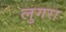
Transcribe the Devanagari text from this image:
लुगरा